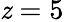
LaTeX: \mathit{z}=5